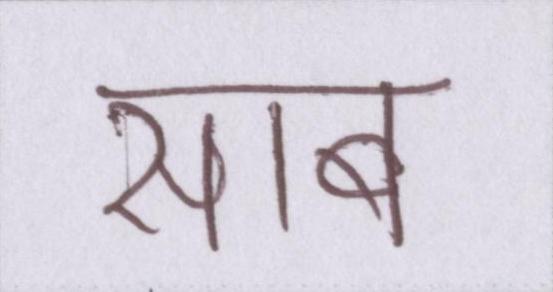
साब